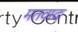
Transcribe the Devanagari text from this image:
मतवादः